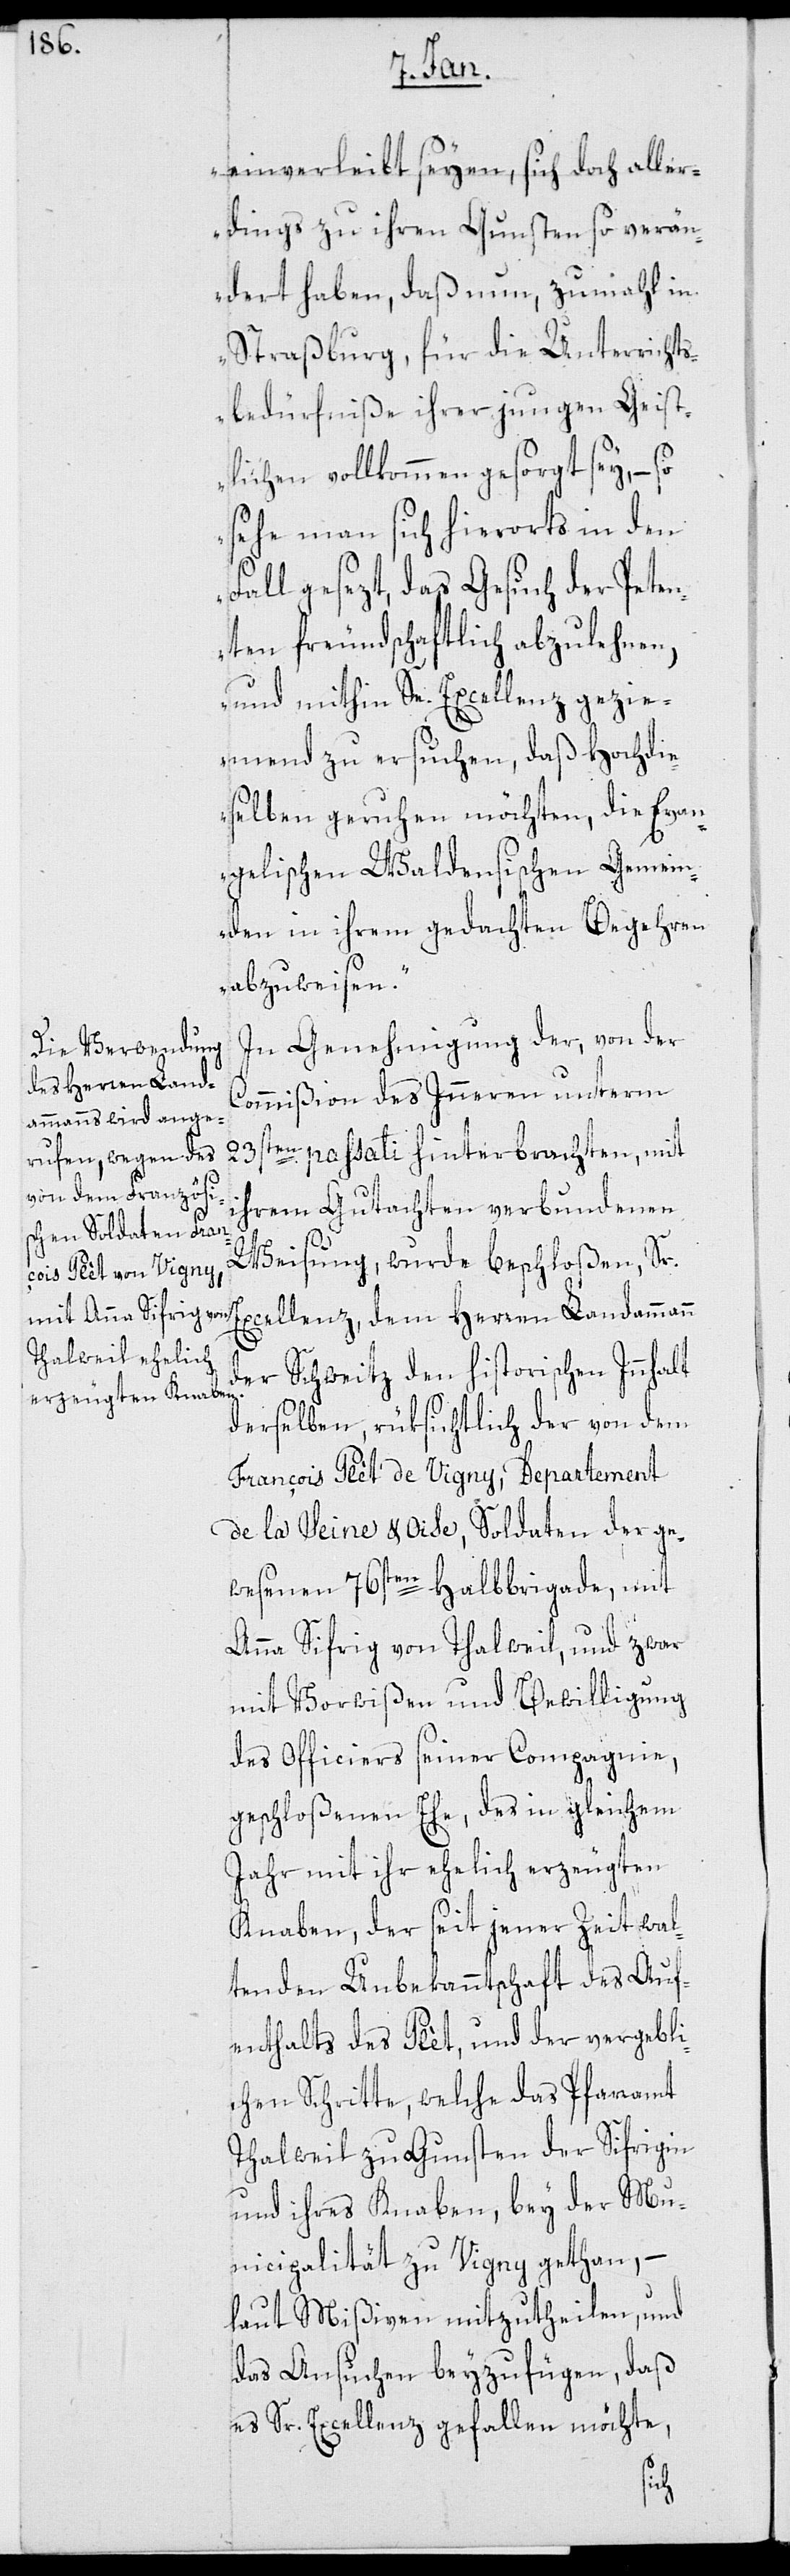
einverleibt seyen, sich doch aller¬
dings zu ihren Gunsten so verän¬
dert haben, daß nun, zumahl in
Straßburg, für die Unterrichts¬
bedürfniße ihrer jungen Geist¬
lichen vollkommen gesorgt sey, – so
sehe man sich hierorts in den
Fall gesezt, das Gesuch der Peten¬
ten freundschaftlich abzulehnen,
und mithin Se. Excellenz gezie¬
mend zu ersuchen, daß Hochdie¬
selben geruhen möchten, die Evan¬
gelisch Waldensischen Gemein¬
den in ihrem gedachten Begehren
abzuweisen.“
In Genehmigung der, von der
Commißion des Inneren unterm
23sten passati hinterbrachten, mit
ihrem Gutachten verbundenen
Weisung, wurde beschloßen, Sr.
Excellenz dem Herren Landammann
der Schweitz den historischen Innhalt
derselben, rüksichtlich der von dem
François Plèt de Vigny, Departement
de la Seine & Oise, Soldaten der ge¬
wesenen 76sten Halbbrigade, mit
Anna Sifrig von Thalweil, und zwar
mit Vorwißen und Bewilligung
des Officiers seiner Compagnie,
geschloßenen Ehe, des in gleichem
Jahr mit ihr ehelich erzeugten
Knaben, der seit jener Zeit wal¬
tenden Unbekanntschaft des Auf¬
enthalts des Plèt, und der vergebli¬
chen Schritte, welche das Pfarramt
Thalweil zu Gunsten der Sifrigin
und ihres Knaben, bey der Mu¬
nicipalität zu Vigny gethan, –
laut Mißiven mitzutheilen, und
das Ansuchen beyzufügen, daß
es Sr. Excellenz gefallen möchte,